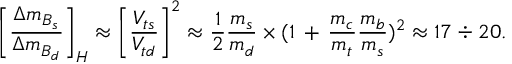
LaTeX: \biggl [ \frac { \Delta m _ { B _ { s } } } { \Delta m _ { B _ { d } } } \biggr ] _ { H } \approx \biggl [ \frac { V _ { t s } } { V _ { t d } } \biggr ] ^ { 2 } \approx \frac { 1 } { 2 } \frac { m _ { s } } { m _ { d } } \times ( 1 \, + \, \frac { m _ { c } } { m _ { t } } \frac { m _ { b } } { m _ { s } } ) ^ { 2 } \approx 1 7 \div 2 0 .